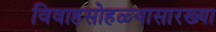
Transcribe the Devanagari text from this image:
विवाहसोहळ्यासारख्या